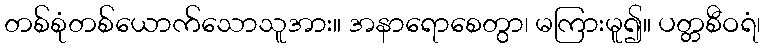
တစ်စုံတစ်ယောက်သောသူအား။ အနာရောစေတွာ၊ မကြားမူ၍။ ပတ္တစီဝရံ၊